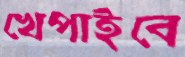
খেপাইবে